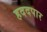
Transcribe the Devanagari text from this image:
हददपार